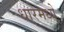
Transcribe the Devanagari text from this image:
धारेमध्ये